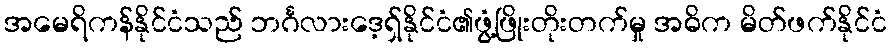
အမေရိကန်နိုင်ငံသည် ဘင်္ဂလားဒေ့ရှ်နိုင်ငံ၏ဖွံ့ဖြိုးတိုးတက်မှု အဓိက မိတ်ဖက်နိုင်ငံ